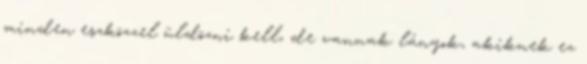
minden eszközzel üldözni kell, de vannak lányok, akiknek ez